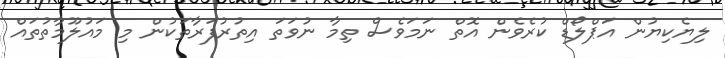
ލިޔެކިޔުން އަޕްލޯޑް ކުރެވެން އޮތް ނަމަވެސް ތިމާ ނުވަތަ އިތުރުފަރާތަކުން މި މައުލޫމާތުތައް